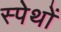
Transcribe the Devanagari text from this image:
स्पेथों